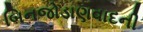
બિનજોડાણવાદની